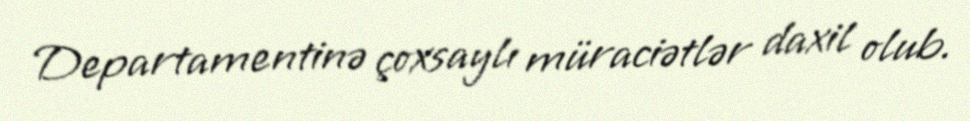
Departamentinə çoxsaylı müraciətlər daxil olub.